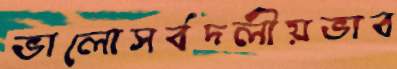
ভালোসর্বদলীয়ভাব